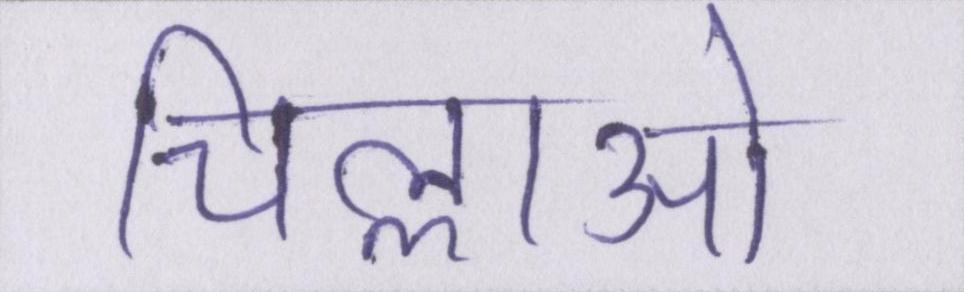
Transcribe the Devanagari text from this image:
चिल्लाओ